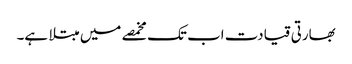
بھارتی قیادت اب تک مخمصے میں مبتلا ہے۔